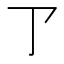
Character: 𠄐